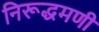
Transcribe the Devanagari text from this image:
निरूद्धमणी